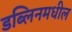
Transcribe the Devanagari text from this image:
डब्लिनमधील